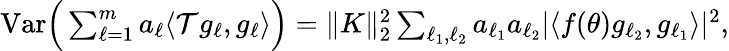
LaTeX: \begin{array}{r}{\mathrm{Var}\Big(\sum_{\ell=1}^{m}a_{\ell}\langle\mathcal Tg_{\ell},g_{\ell}\rangle\Big)=\| K\| _{2}^{2}\sum_{\ell_{1},\ell_{2}}a_{\ell_{1}}a_{\ell_{2}}|\langle f(\theta)g_{\ell_{2}},g_{\ell_{1}}\rangle|^{2},}\end{array}